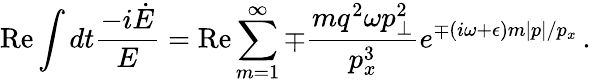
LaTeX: \mathrm{Re}\int dt\frac{-i\dot{E}}{E}=\mathrm{Re}\sum_{m=1}^{\infty}\mp\frac{mq^{2}\omega p_{\perp}^{2}}{p_{x}^{3}}e^{\mp(i\omega+\epsilon)m|p|/p_{x}}\, .